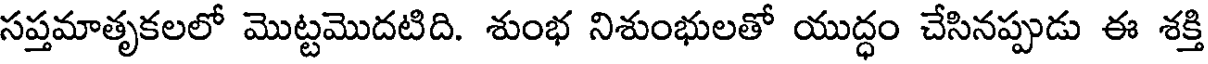
సప్తమాతృకలలో మొట్టమొదటిది. శుంభ నిశుంభులతో యుద్ధం చేసినప్పుడు ఈ శక్తి